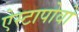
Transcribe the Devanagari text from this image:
ऐस्टापोवो